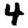
Digit: 4